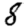
Digit: 8